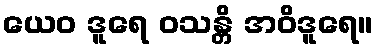
ယေဝ ဒူရေ ဝသန္တိ အဝိဒူရေ။